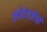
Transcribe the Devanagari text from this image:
लोरेन्ज़ेत्तो